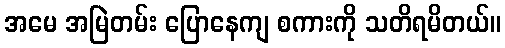
အမေ အမြဲတမ်း ပြောနေကျ စကားကို သတိရမိတယ်။